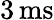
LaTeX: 3\, \mathrm{ms}